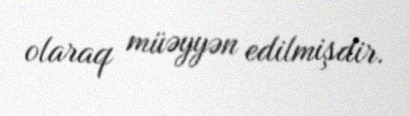
olaraq müəyyən edilmişdir.